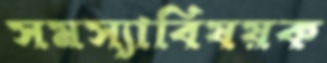
সমস্যাবিষয়ক